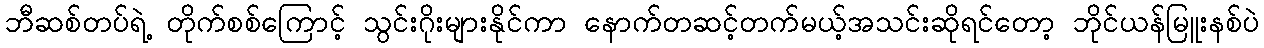
ဘီဆစ်တပ်ရဲ့ တိုက်စစ်ကြောင့် သွင်းဂိုးများနိုင်ကာ နောက်တဆင့်တက်မယ့်အသင်းဆိုရင်တော့ ဘိုင်ယန်မြူးနစ်ပဲ